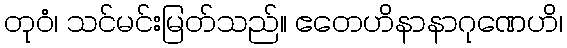
တုဝံ၊ သင်မင်းမြတ်သည်။ ဧတေဟိနာနာဂုဏေဟိ၊